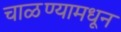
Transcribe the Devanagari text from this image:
चाळण्यामधून